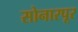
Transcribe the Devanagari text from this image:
सोनारपूर